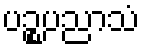
ပဉ္စပညာသံ